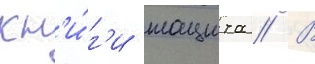
кн'и́г'и тацита // В